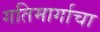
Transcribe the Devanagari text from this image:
गतिमार्गाचा